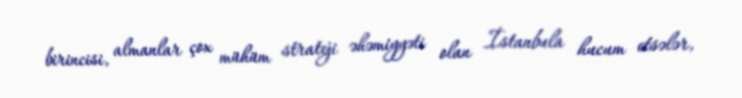
birincisi, almanlar çox mühüm strateji əhəmiyyəti olan İstanbula hucum etsələr,